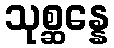
သုစ္ဆန္နေ